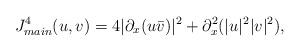
LaTeX: \begin{align*}J^4_{main}(u,v) = 4 | \partial_x (u \bar v)|^2 + \partial_x^2 (|u|^2 |v|^2),\end{align*}